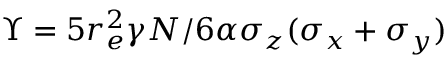
\Upsilon = 5 r _ { e } ^ { 2 } \gamma N / 6 \alpha \sigma _ { z } ( \sigma _ { x } + \sigma _ { y } )